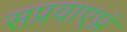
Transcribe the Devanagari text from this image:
सप्रवाएप्रं